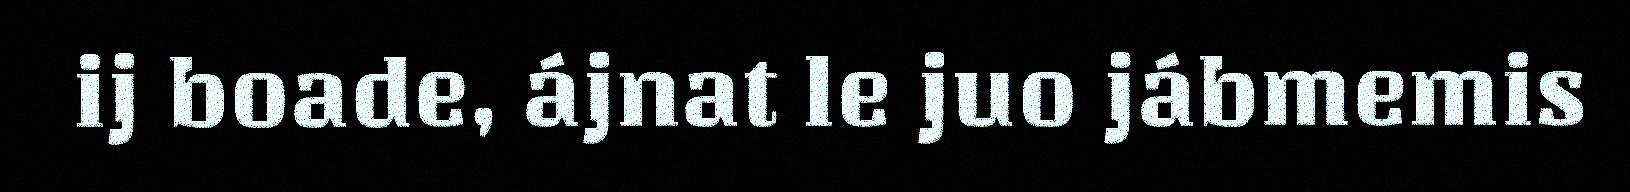
ij boade, ájnat le juo jábmemis